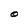
Character: O